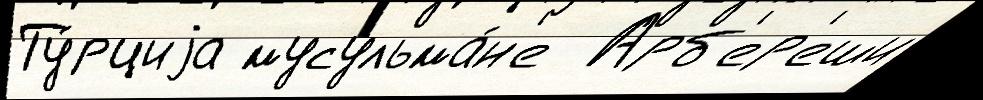
Ту́рциjа мусульма́н'е  Арб'ер'еши